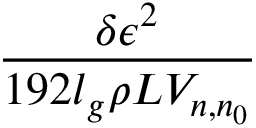
\frac { \delta \epsilon ^ { 2 } } { 1 9 2 l _ { g } \rho L V _ { n , n _ { 0 } } }